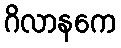
ဂိလာနကေ